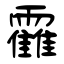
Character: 靃